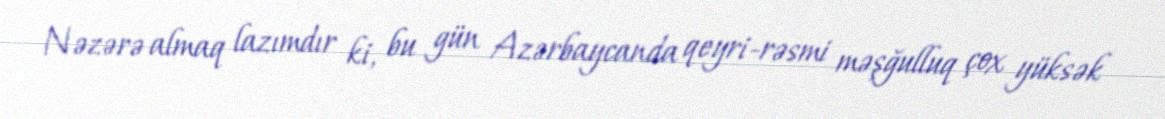
Nəzərə almaq lazımdır ki, bu gün Azərbaycanda qeyri-rəsmi məşğulluq çox yüksək